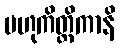
ဗဟုကိတ္ထိကာနိ